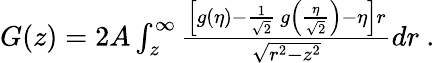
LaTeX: \begin{array}{r}{G(z)=2A\int_{z}^{\infty}\frac{\left[g(\eta)-\frac{1}{\sqrt{2}}~g\left(\frac{\eta}{\sqrt{2}}\right)-\eta\right]r}{\sqrt{r^{2}-z^{2}}}dr~.}\end{array}